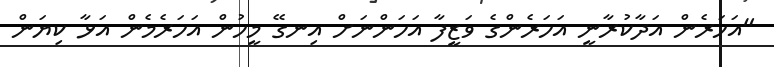
"އަހަރެން އަދާކުރާނީ އަހަރެންގެ ވަޒީފާ އަހަންނަށް އިނގޭ މީހުން އަހަރެމެން އަޅާ ކިޔަން